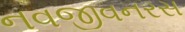
નવજીવનરસ